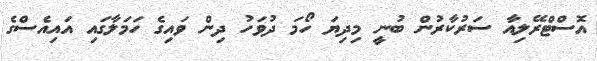
އޮސްޓްރޭލިއާ ސަރުކާރުން ބުނީ މިދިޔަ ހޯމަ ދުވަހު ދިން ވައިގެ ހަމަލާގައި އައިއެސްގެ